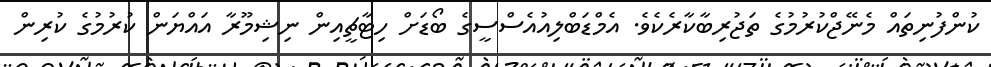
ކުންފުނިތައް މެނޭޖްކުރުމުގެ ތަޖުރިބާކާރެކެވެ. އެމްޑަބްލިއުއެސްސީގެ ބޯޑަށް ހިޓާޗީއިން ނިޝިމޫރާ އައްޔަން ކުރުމުގެ ކުރިން